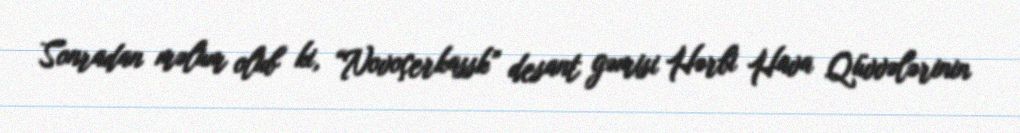
Sonradan məlum olub ki, “Novoçerkassk” desant gəmisi Hərbi Hava Qüvvələrinin